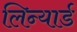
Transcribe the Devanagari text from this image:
लिन्यार्ड